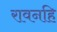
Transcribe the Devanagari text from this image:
रावनहि